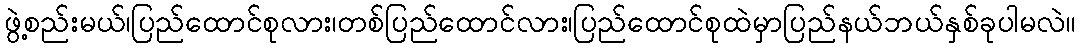
ဖွဲ့စည်းမယ်၊ပြည်ထောင်စုလား၊တစ်ပြည်ထောင်လား၊ပြည်ထောင်စုထဲမှာပြည်နယ်ဘယ်နှစ်ခုပါမလဲ။